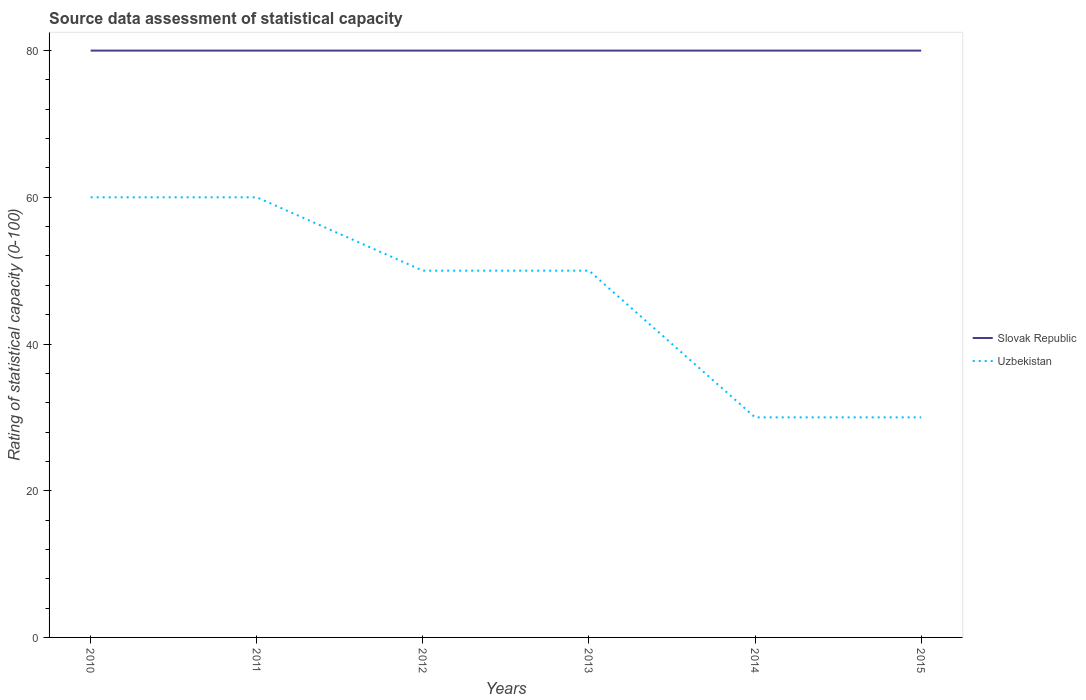
| Years | Slovak Republic | Uzbekistan |
 | --- | --- | --- |
 | 2010 | 80 | 60 |
 | 2011 | 80 | 60 |
 | 2012 | 80 | 50 |
 | 2013 | 80 | 50 |
 | 2014 | 80 | 30 |
 | 2015 | 80 | 30 |